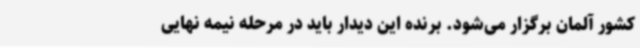
کشور آلمان برگزار می‌شود. برنده این دیدار باید در مرحله نیمه نهایی